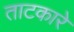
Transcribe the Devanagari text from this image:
ताटकारे